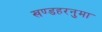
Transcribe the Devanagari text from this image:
खण्डहरनुमा